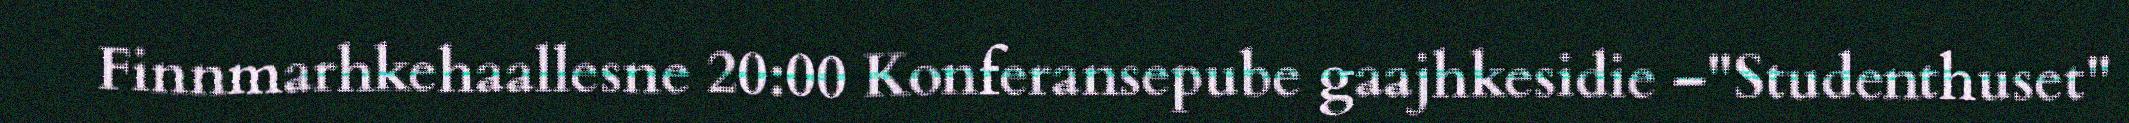
Finnmarhkehaallesne 20:00 Konferansepube gaajhkesidie –"Studenthuset"